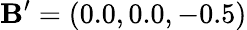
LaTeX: \mathbf{B}^{\prime}=(0.0,0.0,-0.5)